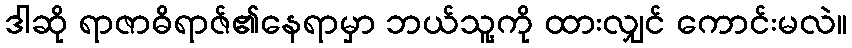
ဒါဆို ရာဇာဓိရာဇ်၏နေရာမှာ ဘယ်သူ့ကို ထားလျှင် ကောင်းမလဲ။